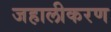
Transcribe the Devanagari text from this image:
जहालीकरण